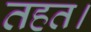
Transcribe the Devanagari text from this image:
तहत।